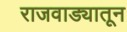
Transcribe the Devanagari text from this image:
राजवाड्यातून